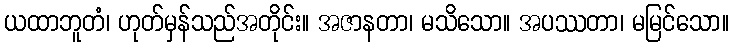
ယထာဘူတံ၊ ဟုတ်မှန်သည်အတိုင်း။ အဇာနတာ၊ မသိသော။ အပဿတာ၊ မမြင်သော။